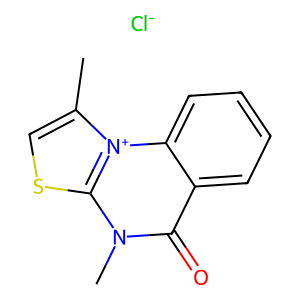
SMILES: Cc1csc2n(C)c(=O)c3ccccc3[n+]12.[Cl-]
Inhibits HIV replication: No